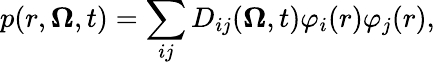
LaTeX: p(r,\boldsymbol{\Omega},t)=\sum_{ij}D_{ij}(\boldsymbol{\Omega},t)\varphi_{i}(r)\varphi_{j}(r),